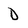
Character: D